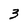
Character: 3